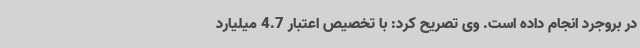
در بروجرد انجام داده است. وی تصریح کرد: با تخصیص اعتبار 4.7 میلیارد